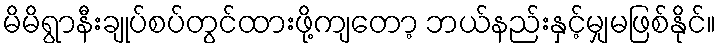
မိမိရွာနီးချုပ်စပ်တွင်ထားဖို့ကျတော့ ဘယ်နည်းနှင့်မျှမဖြစ်နိုင်။